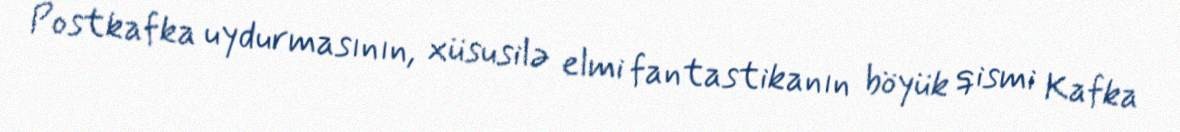
Postkafka uydurmasının, xüsusilə elmi fantastikanın böyük qismi Kafka